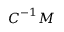
{ \boldsymbol { C } } ^ { - 1 } { \boldsymbol { M } }